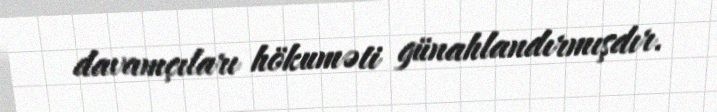
davamçıları hökuməti günahlandırmışdır.